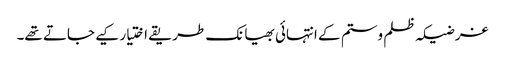
غرضیکہ ظلم وستم کے انتہائی بھیانک طریقے اختیار کیے جاتے تھے۔